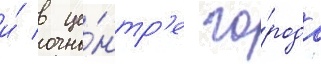
и́ в це́нтр'е го́рода